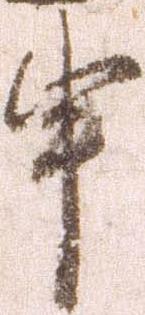
申